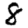
Digit: 8